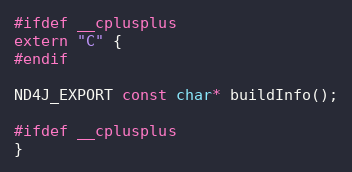
Language: C
#ifdef __cplusplus
extern "C" {
#endif

ND4J_EXPORT const char* buildInfo();

#ifdef __cplusplus
}